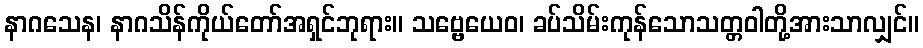
နာဂသေန၊ နာဂသိန်ကိုယ်တော်အရှင်ဘုရား။ သဗ္ဗေယေဝ၊ ခပ်သိမ်းကုန်သောသတ္တဝါတို့အားသာလျှင်။